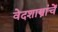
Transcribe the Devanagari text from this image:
वेदशास्त्रांचें